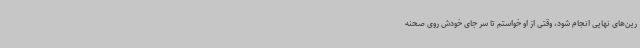
رین‌های نهایی انجام شود، وقتی از او خواستم تا سر جای خودش روی صحنه